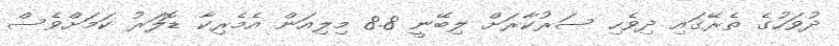
ދުވަހުގެ ތެރޭގައި ދިވެހި ސަރުކާރަށް ލިބޭނީ 8.8 މިލިއަން އެމެރިކާ ޑޮލަރު ކަމަށްވެސް